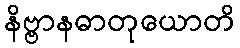
နိဗ္ဗာနဓာတုယောတိ